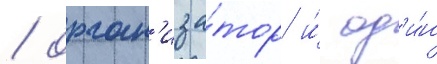
/ орган'иза́тор и́ од'и́н